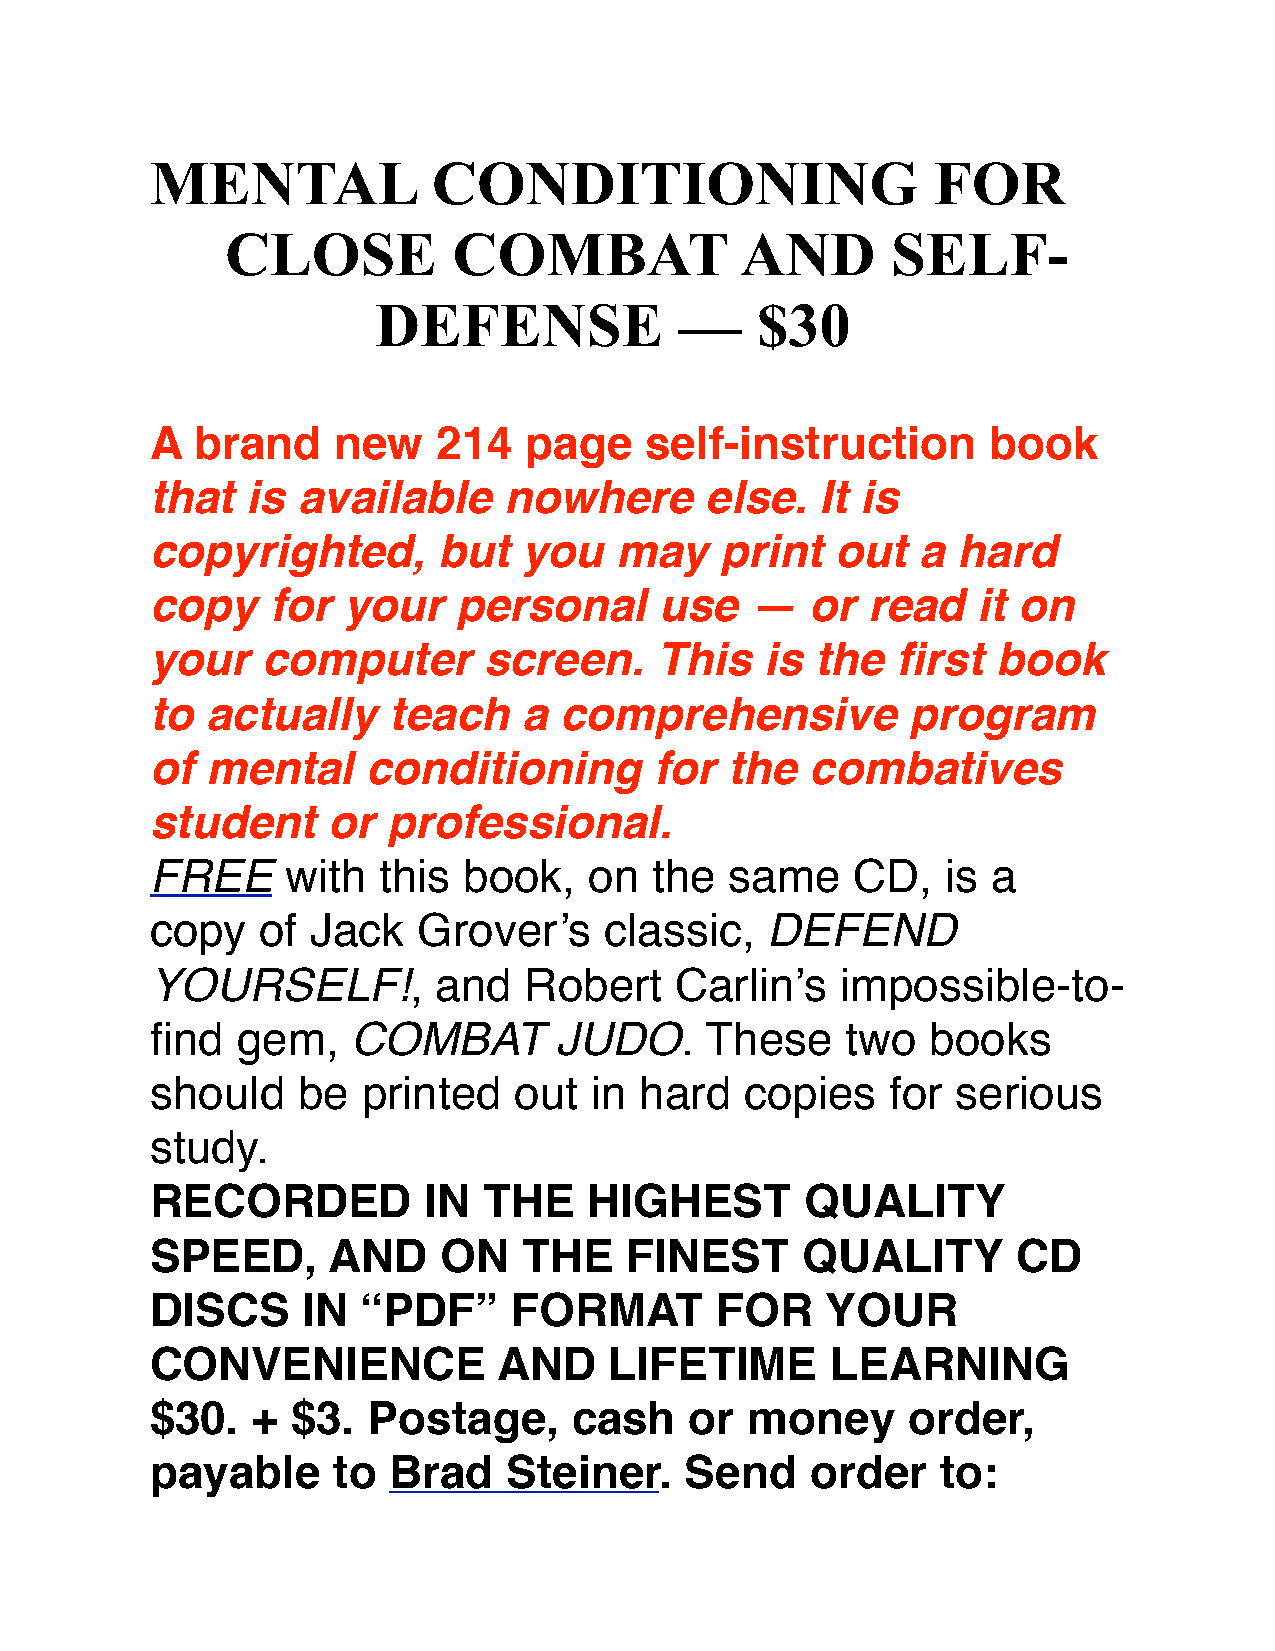
MENTAL             CONDITIONING                     FOR
 CLOSE          COMBAT             AND       SELF-
 DEFENSE             —    $30
 A  brand    new    214   page    self-instruction      book
 that  is  available    nowhere       else.  It is
 copyrighted,       but   you   may    print  out   a hard
 copy    for  your   personal      use   —   or read    it on
 your   computer       screen.    This    is the  first  book
 to  actually    teach    a comprehensive          program
 of  mental    conditioning       for  the   combatives
 student     or  professional.
 FREE     with  this  book,   on  the  same    CD,    is a
 copy   of  Jack   Grover’s    classic,   DEFEND
 YOURSELF!,         and   Robert    Carlin’s   impossible-to-
 find  gem,   COMBAT        JUDO.     These    two   books
 should    be  printed   out  in hard   copies    for serious
 study.
 RECORDED          IN  THE    HIGHEST       QUALITY
 SPEED,      AND    ON    THE    FINEST     QUALITY       CD
 DISCS     IN  “PDF”     FORMAT       FOR     YOUR
 CONVENIENCE            AND    LIFETIME       LEARNING
 $30.   + $3.  Postage,      cash    or money      order,
 payable     to  Brad    Steiner.   Send     order   to: